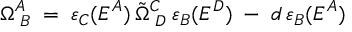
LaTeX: \Omega _ { \; B } ^ { A } \; = \; \varepsilon _ { C } ( E ^ { A } ) \, \tilde { \Omega } _ { \; D } ^ { C } \; \varepsilon _ { B } ( E ^ { D } ) \; - \; d \, \varepsilon _ { B } ( E ^ { A } )